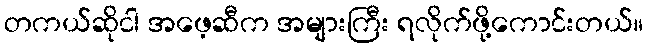
တကယ်ဆိုငါ အဖေ့ဆီက အများကြီး ရလိုက်ဖို့ကောင်းတယ်။